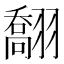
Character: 䎗